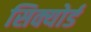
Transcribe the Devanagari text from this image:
सिक्योर्ड